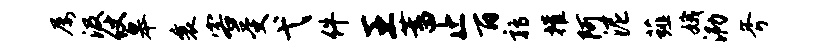
屡汲仗皋襄客受弋件王蓄止百鹑摧阿泥薤娥泐斧